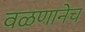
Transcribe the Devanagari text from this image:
वळणानेच